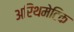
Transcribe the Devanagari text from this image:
अरिथमेटिक